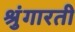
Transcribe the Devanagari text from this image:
श्रुंगारती